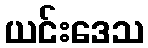
ယင်းဒေသ